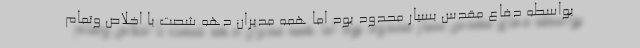
بواسطه دفاع مقدس بسیار محدود بود اما همه مدیران دهه شصت با اخلاص وتمام